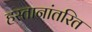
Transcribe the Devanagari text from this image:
हस्तानांतरित